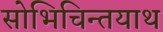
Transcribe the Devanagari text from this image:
सोभिचिन्तयाथ